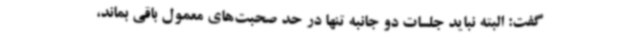
گفت: البته نباید جلسات دو جانبه تنها در حد صحبت‌های معمول باقی بماند،